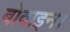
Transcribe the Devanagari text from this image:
बोवाइन।